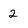
Character: 2